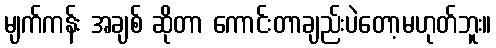
မျက်ကန်း အချစ် ဆိုတာ ကောင်းတာချည်းပဲတော့မဟုတ်ဘူး။